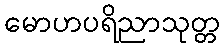
မောဟပရိညာသုတ္တ